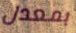
بمعدل